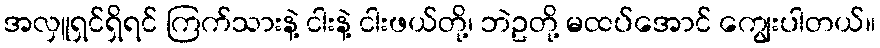
အလှူရှင်ရှိရင် ကြက်သားနဲ့ ငါးနဲ့ ငါးဖယ်တို့၊ ဘဲဥတို့ မထပ်အောင် ကျွေးပါတယ်။